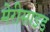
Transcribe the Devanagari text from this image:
मेरीसाइड